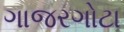
ગાજરગોટા